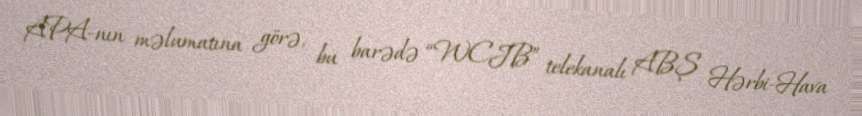
APA-nın məlumatına görə, bu barədə “WCJB” telekanalı ABŞ Hərbi-Hava